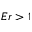
E r > 1